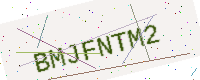
Text: BMJFNTM2